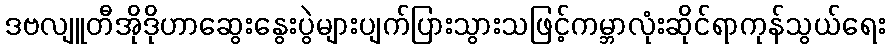
ဒဗလျူတီအိုဒိုဟာဆွေးနွေးပွဲများပျက်ပြားသွားသဖြင့်ကမ္ဘာလုံးဆိုင်ရာကုန်သွယ်ရေး